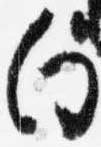
向